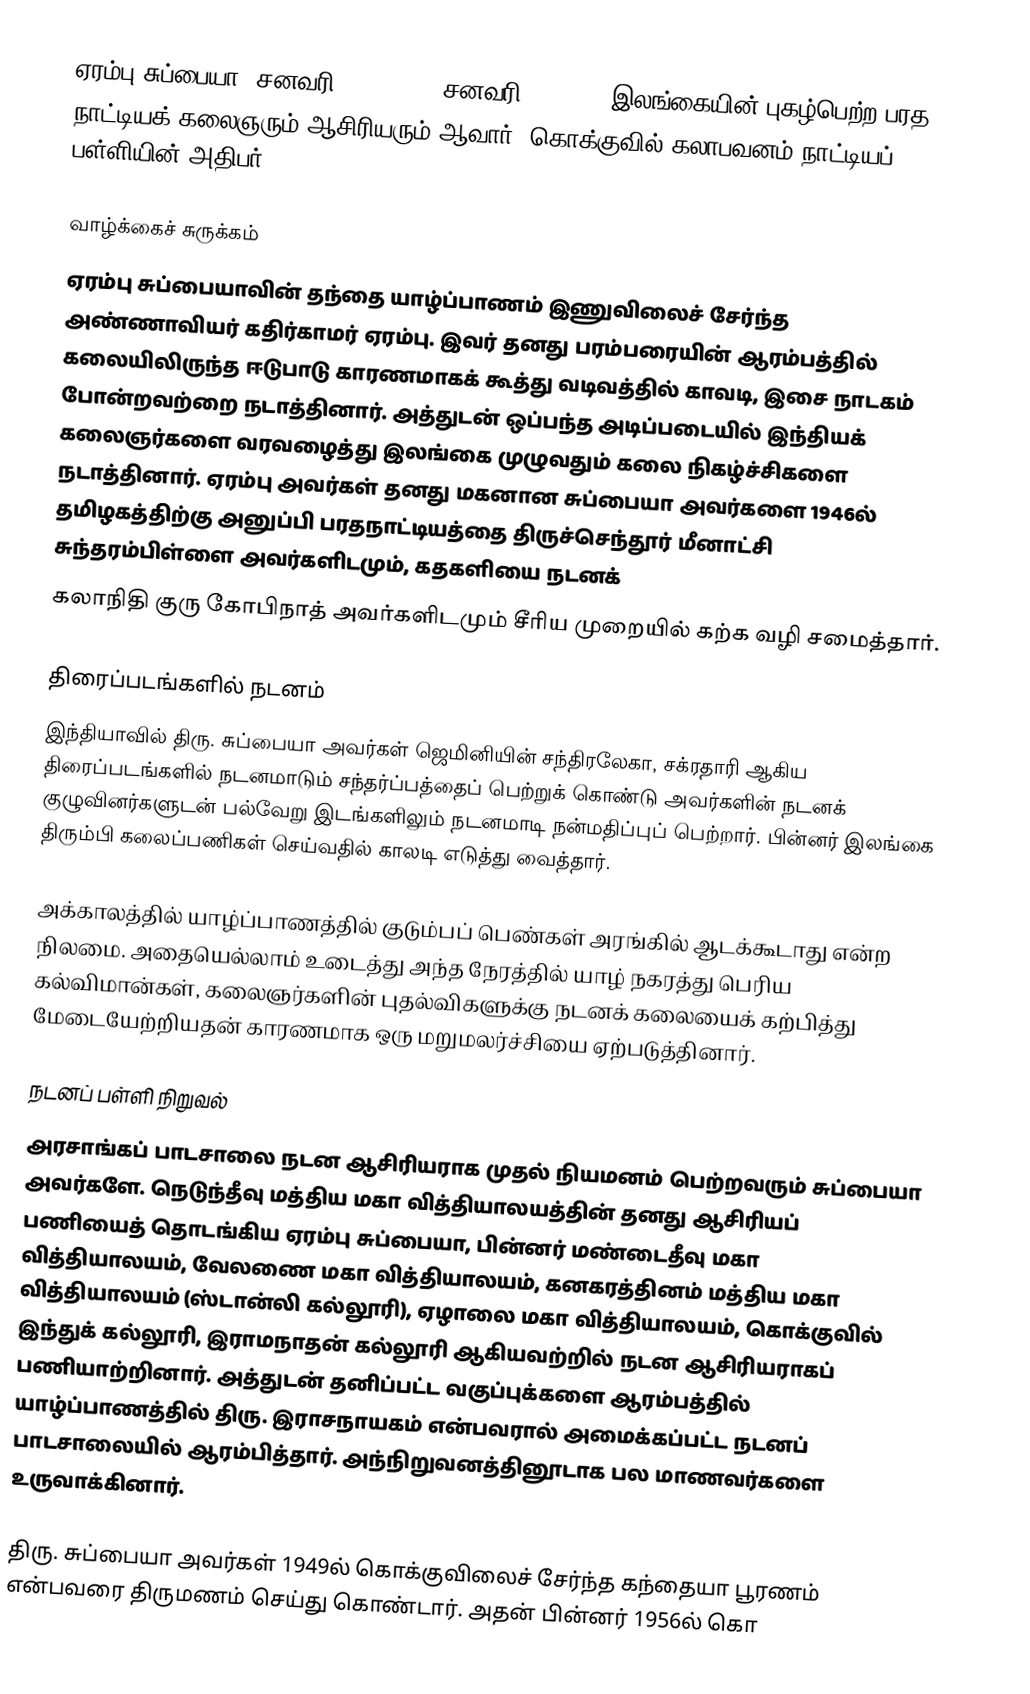
ஏரம்பு சுப்பையா (சனவரி 13, 1922 - சனவரி 11 1976) இலங்கையின் புகழ்பெற்ற பரத நாட்டியக் கலைஞரும் ஆசிரியரும் ஆவார். கொக்குவில் கலாபவனம் நாட்டியப் பள்ளியின் அதிபர்.

வாழ்க்கைச் சுருக்கம்
ஏரம்பு சுப்பையாவின் தந்தை யாழ்ப்பாணம் இணுவிலைச் சேர்ந்த அண்ணாவியர் கதிர்காமர் ஏரம்பு. இவர் தனது பரம்பரையின் ஆரம்பத்தில் கலையிலிருந்த ஈடுபாடு காரணமாகக் கூத்து வடிவத்தில் காவடி, இசை நாடகம் போன்றவற்றை நடாத்தினார். அத்துடன் ஒப்பந்த அடிப்படையில் இந்தியக் கலைஞர்களை வரவழைத்து இலங்கை முழுவதும் கலை நிகழ்ச்சிகளை நடாத்தினார். ஏரம்பு அவர்கள் தனது மகனான சுப்பையா அவர்களை 1946ல் தமிழகத்திற்கு அனுப்பி பரதநாட்டியத்தை திருச்செந்தூர் மீனாட்சி சுந்தரம்பிள்ளை அவர்களிடமும், கதகளியை நடனக்
கலாநிதி குரு கோபிநாத் அவர்களிடமும் சீரிய முறையில் கற்க வழி சமைத்தார்.

திரைப்படங்களில் நடனம்
இந்தியாவில் திரு. சுப்பையா அவர்கள் ஜெமினியின் சந்திரலேகா, சக்ரதாரி ஆகிய திரைப்படங்களில் நடனமாடும் சந்தர்ப்பத்தைப் பெற்றுக் கொண்டு அவர்களின் நடனக் குழுவினர்களுடன் பல்வேறு இடங்களிலும் நடனமாடி நன்மதிப்புப் பெற்றார். பின்னர் இலங்கை திரும்பி கலைப்பணிகள் செய்வதில் காலடி எடுத்து வைத்தார்.

அக்காலத்தில் யாழ்ப்பாணத்தில் குடும்பப் பெண்கள் அரங்கில் ஆடக்கூடாது என்ற நிலமை. அதையெல்லாம் உடைத்து அந்த நேரத்தில் யாழ் நகரத்து பெரிய கல்விமான்கள், கலைஞர்களின் புதல்விகளுக்கு நடனக் கலையைக் கற்பித்து மேடையேற்றியதன் காரணமாக ஒரு மறுமலர்ச்சியை ஏற்படுத்தினார்.

நடனப் பள்ளி நிறுவல்
அரசாங்கப் பாடசாலை நடன ஆசிரியராக முதல் நியமனம் பெற்றவரும் சுப்பையா அவர்களே. நெடுந்தீவு மத்திய மகா வித்தியாலயத்தின் தனது ஆசிரியப் பணியைத் தொடங்கிய ஏரம்பு சுப்பையா, பின்னர் மண்டைதீவு மகா வித்தியாலயம், வேலணை மகா வித்தியாலயம், கனகரத்தினம் மத்திய மகா வித்தியாலயம் (ஸ்டான்லி கல்லூரி), ஏழாலை மகா வித்தியாலயம், கொக்குவில் இந்துக் கல்லூரி, இராமநாதன் கல்லூரி ஆகியவற்றில் நடன ஆசிரியராகப் பணியாற்றினார். அத்துடன் தனிப்பட்ட வகுப்புக்களை ஆரம்பத்தில் யாழ்ப்பாணத்தில் திரு. இராசநாயகம் என்பவரால் அமைக்கப்பட்ட நடனப் பாடசாலையில் ஆரம்பித்தார். அந்நிறுவனத்தினூடாக பல மாணவர்களை உருவாக்கினார்.

திரு. சுப்பையா அவர்கள் 1949ல் கொக்குவிலைச் சேர்ந்த கந்தையா பூரணம் என்பவரை திருமணம் செய்து கொண்டார். அதன் பின்னர் 1956ல் கொ